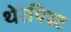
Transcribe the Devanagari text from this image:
थेरेपिस्ट